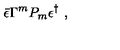
\bar { \epsilon } \Gamma ^ { m } P _ { m } \epsilon ^ { \dag } \ ,